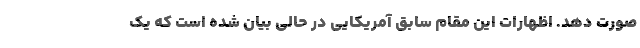
صورت دهد. اظهارات این مقام سابق آمریکایی در حالی بیان شده است که یک